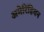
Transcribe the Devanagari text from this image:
अमेरिंडियन